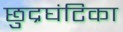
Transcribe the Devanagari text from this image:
छुद्रघंटिका